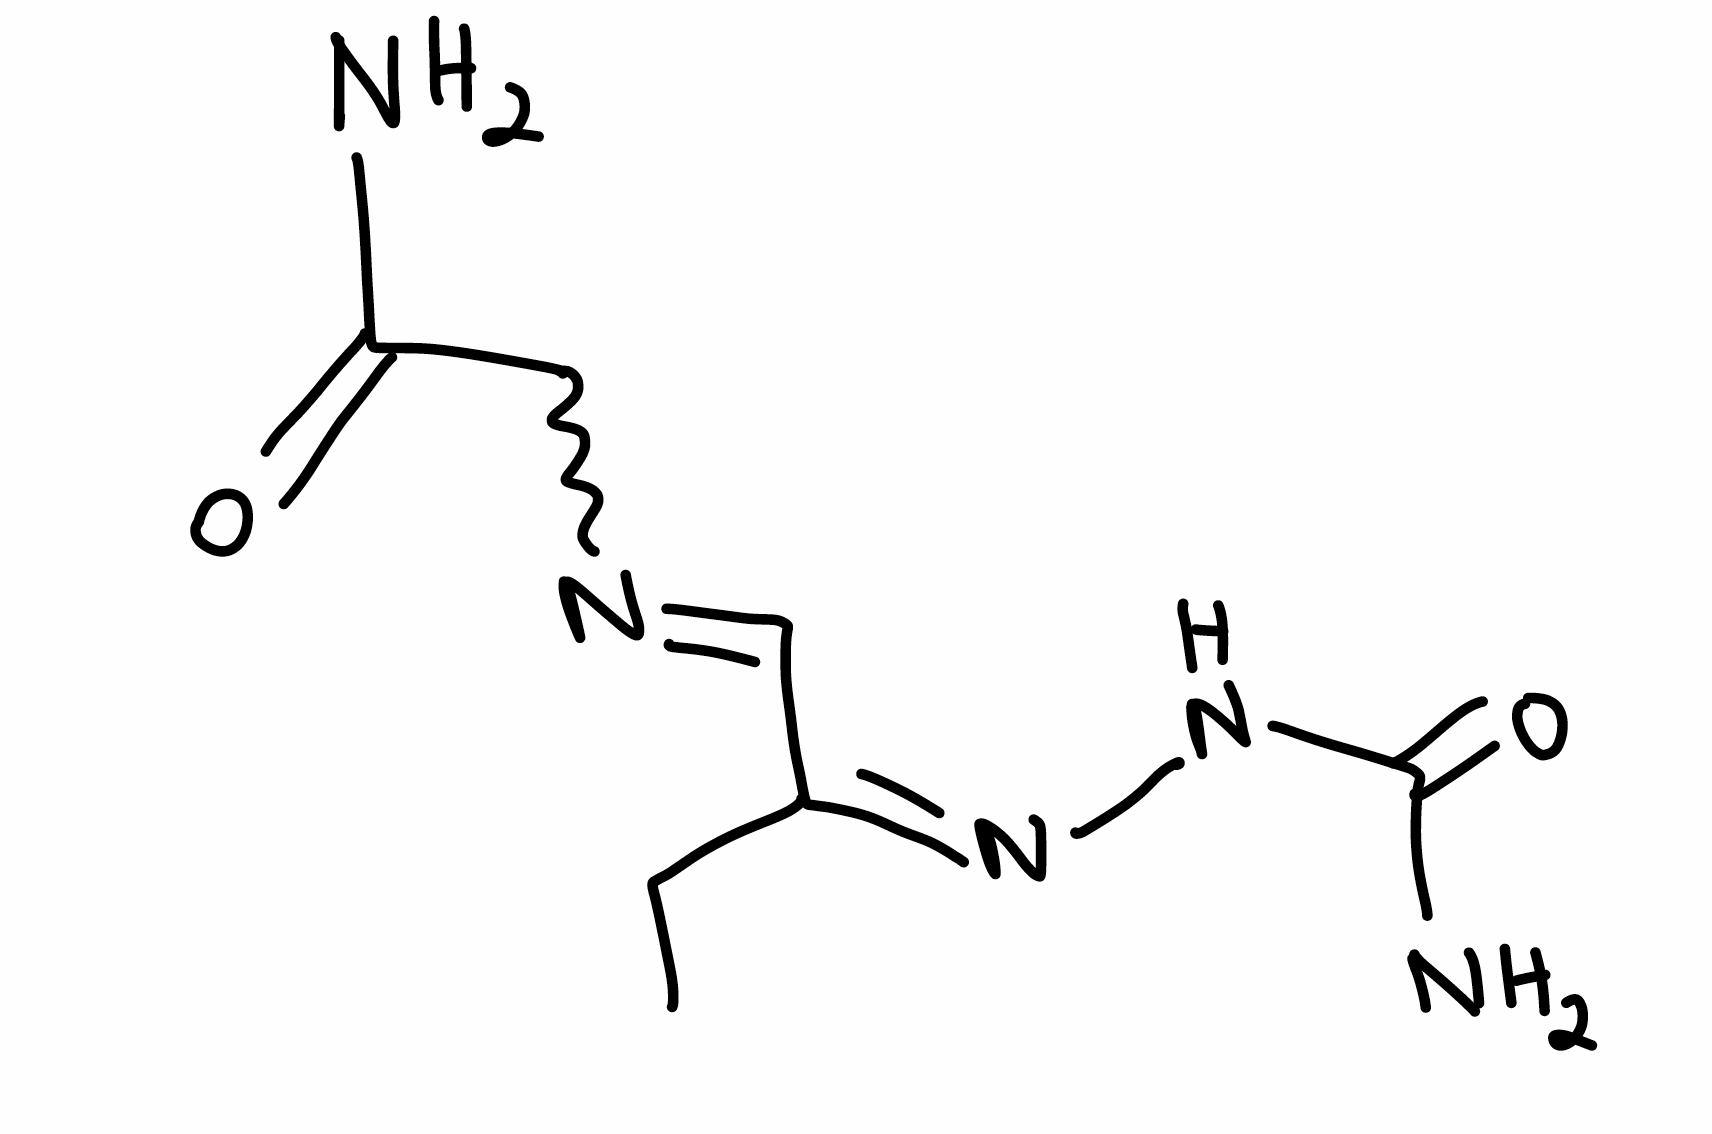
Simplified molecular-input line-entry system (SMILES) notation of the given molecule:
CC/C(=N/NC(=O)N)/C=NCC(=O)N